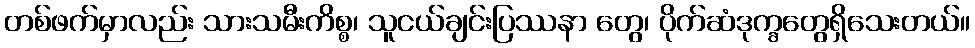
တစ်ဖက်မှာလည်း သားသမီးကိစ္စ၊ သူငယ်ချင်းပြဿနာ တွေ၊ ပိုက်ဆံဒုက္ခတွေရှိသေးတယ်။